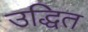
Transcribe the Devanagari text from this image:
उद्धित